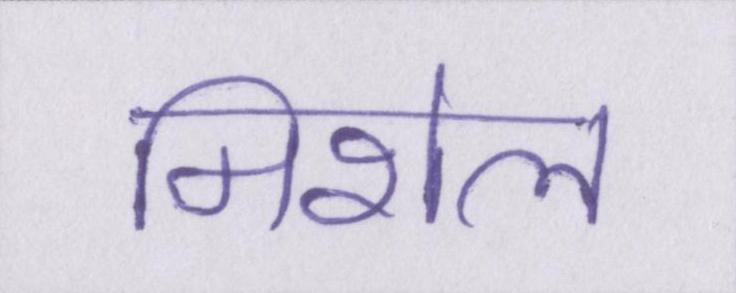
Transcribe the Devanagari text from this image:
मिशेल